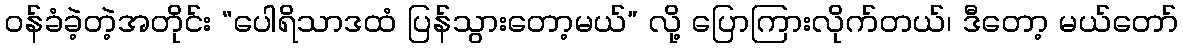
ဝန်ခံခဲ့တဲ့အတိုင်း “ပေါရိသာဒထံ ပြန်သွားတော့မယ်” လို့ ပြောကြားလိုက်တယ်၊ ဒီတော့ မယ်တော်